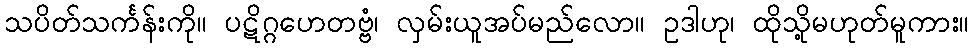
သပိတ်သင်္ကန်းကို။ ပဋိဂ္ဂဟေတဗ္ဗံ၊ လှမ်းယူအပ်မည်လော။ ဥဒါဟု၊ ထိုသို့မဟုတ်မူကား။